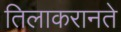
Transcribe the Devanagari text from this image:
तिलाकरानते